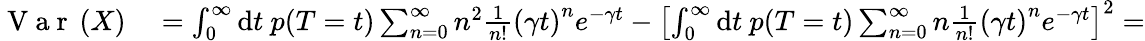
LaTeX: \begin{array}{rl}{\mathrm{~V~a~r~}\left(X\right)}&{{}=\int_{0}^{\infty}\mathrm{d}t\ p(T=t)\sum_{n=0}^{\infty}n^{2}\frac{1}{n!}\left(\gamma t\right)^{n}e^{-\gamma t}-\left[\int_{0}^{\infty}\mathrm{d}t\ p(T=t)\sum_{n=0}^{\infty}n\frac{1}{n!}\left(\gamma t\right)^{n}e^{-\gamma t}\right]^{2}=}\end{array}